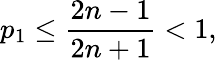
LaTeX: p_{1}\le\frac{2n-1}{2n+1}<1,